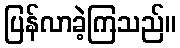
ပြန်လာခဲ့ကြသည်။